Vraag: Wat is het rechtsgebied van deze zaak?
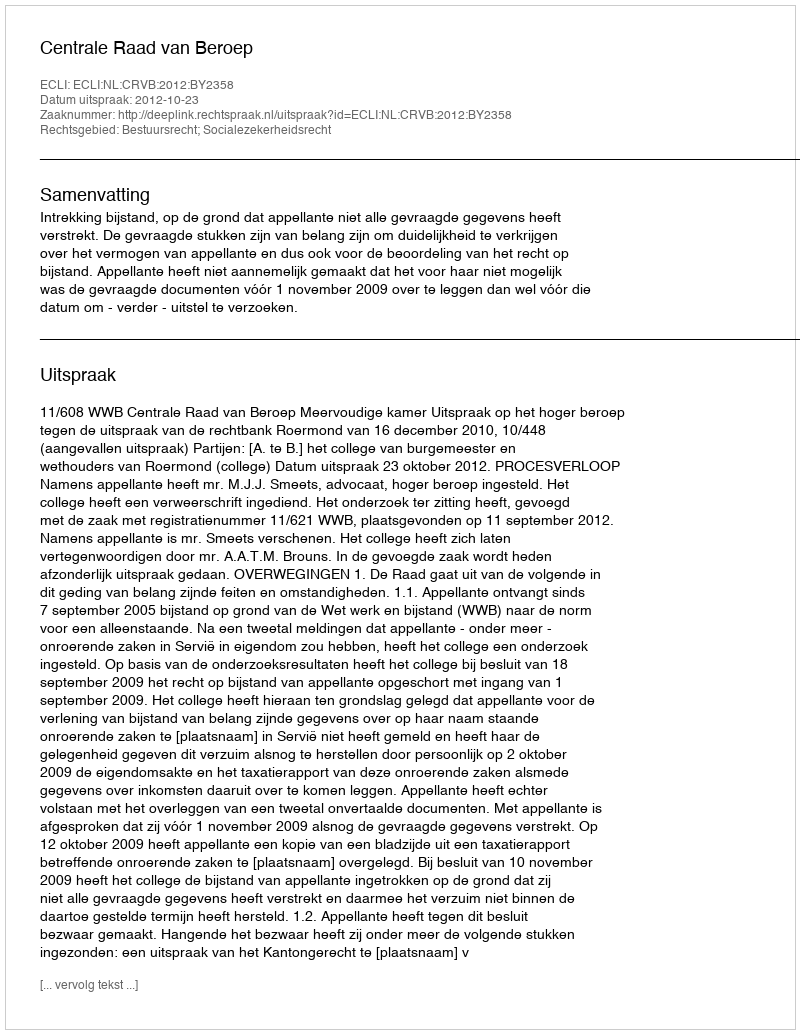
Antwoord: Bestuursrecht; Socialezekerheidsrecht